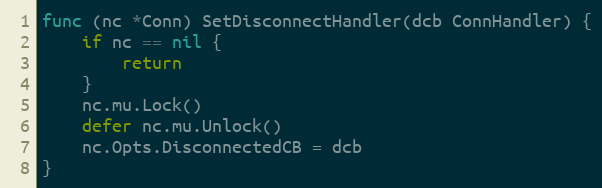
Language: Go
func (nc *Conn) SetDisconnectHandler(dcb ConnHandler) {
	if nc == nil {
		return
	}
	nc.mu.Lock()
	defer nc.mu.Unlock()
	nc.Opts.DisconnectedCB = dcb
}